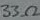
Text: 330Ω